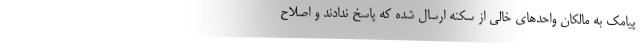
پیامک به مالکان واحدهای خالی از سکنه ارسال شده که پاسخ ندادند و اصلاح